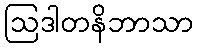
ဩဒါတနိဘာသာ